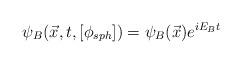
LaTeX: \begin{align*}\psi_B({\vec x},t,[\phi_{sph}])=\psi_B(\vec{x})e^{i E_B t}\end{align*}